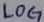
Text: LOG